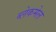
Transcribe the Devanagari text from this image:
ब्लेकमेल